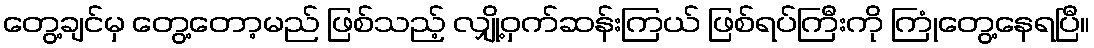
တွေ့ချင်မှ တွေ့တော့မည် ဖြစ်သည့် လျှို့ဝှက်ဆန်းကြယ် ဖြစ်ရပ်ကြီးကို ကြုံတွေ့နေရပြီ။